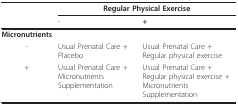
|  | <COLSPAN=2> Regular Physical Exercise |
 |  | - | + |
 | --- | --- | --- |
 | Micronutrients |  |  |
 | - | Usual Prenatal Care + Placebo | Usual Prenatal Care + Regular physical exercise |
 | + | Usual Prenatal Care + Micronutrients Supplementation | Usual Prenatal Care + Regular physical exercise + Micronutrients Supplementation |